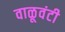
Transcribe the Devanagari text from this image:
वाळूवंटी